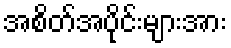
အစိတ်အပိုင်းများအား